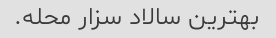
بهترین سالاد سزار محله.